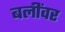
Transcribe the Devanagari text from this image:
बलींवर